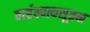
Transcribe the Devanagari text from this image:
बार्हस्पत्यसूत्रम